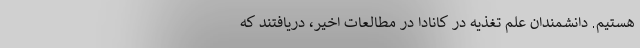
هستیم. دانشمندان علم تغذیه در کانادا در مطالعات اخیر، دریافتند که